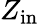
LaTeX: Z_{\mathrm{in}}